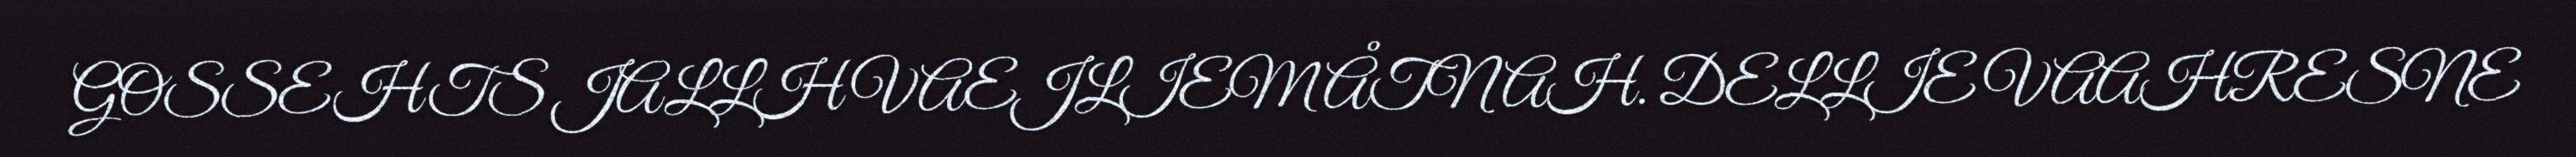
GOSSEHTS JALLH VAEJLIEM ÅTNAH. DELLIE VAAHRESNE